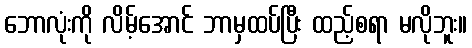
ဘောလုံးကို လိမ့်အောင် ဘာမှထပ်ပြီး ထည့်စရာ မလိုဘူး။